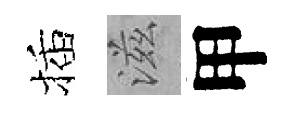
插滋甲